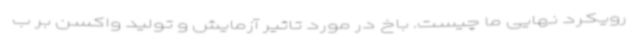
رویکرد نهایی ما چیست. باخ در مورد تاثیر آزمایش و تولید واکسن بر ب